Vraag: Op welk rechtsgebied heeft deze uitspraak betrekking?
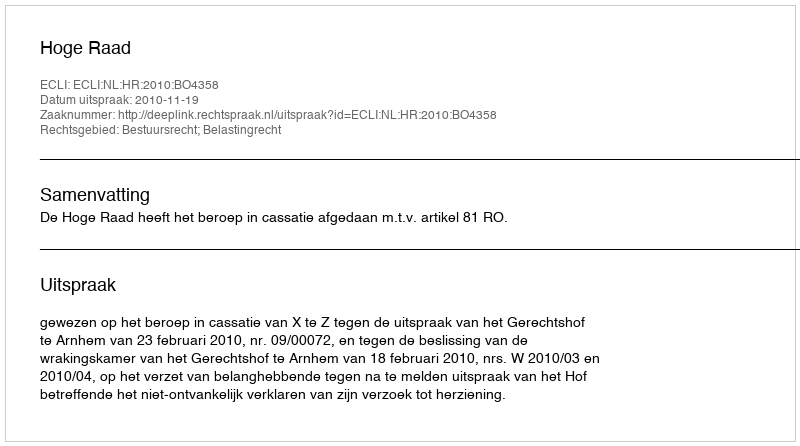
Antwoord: Bestuursrecht; Belastingrecht